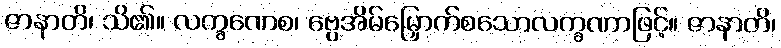
ဇာနာတိ၊ သိ၏။ လက္ခဏေစ၊ ဗွေအိမ်မြှောက်စသောလက္ခဏာဖြင့်။ ဇာနာတိ၊